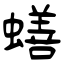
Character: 蟮